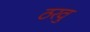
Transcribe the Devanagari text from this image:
ठरवु